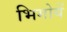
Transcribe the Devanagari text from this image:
भिगोयें